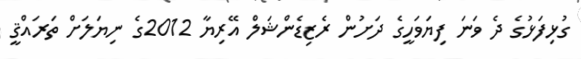
ގުޅިފަޅުގެ ދެ ވަނަ ފިޔަވަހީގެ ދަށުން ރެޒިޑެންޝަލް އޭރިޔާ 2012ގެ ނިޔަލަށް ތަރައްޤީ